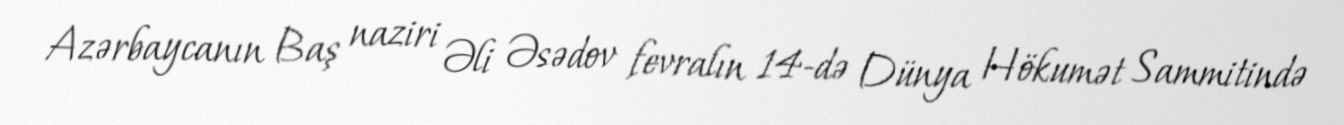
Azərbaycanın Baş naziri Əli Əsədov fevralın 14-də Dünya Hökumət Sammitində